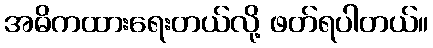
အဓိကထားရေးတယ်လို့ ဖတ်ရပါတယ်။